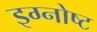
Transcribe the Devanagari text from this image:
इग्नोष्ट